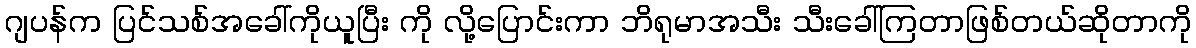
ဂျပန်က ပြင်သစ်အခေါ်ကိုယူပြီး ကို လို့ပြောင်းကာ ဘိရုမာအသီး သီးခေါ်ကြတာဖြစ်တယ်ဆိုတာကို